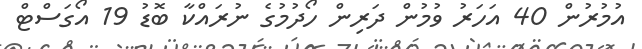
އުމުރުން 40 އަހަރު ވުމުން ދަރިން ހޯދުމުގެ ނުރައްކާ ބޮޑު 19 އޯގަސްޓް